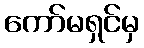
ကော်မရှင်မှ